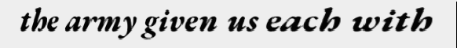
the army given us each with